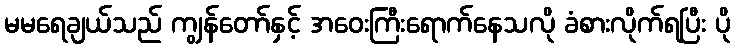
မမရေချယ်သည် ကျွန်တော်နှင့် အဝေးကြီးရောက်နေသလို ခံစားလိုက်ရပြီး ပို